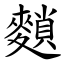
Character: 䵀